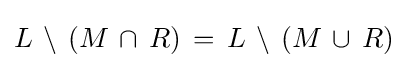
L\,\setminus \,(M\,\cap \,R)\,=\,L\,\setminus \,(M\,\cup \,R)